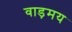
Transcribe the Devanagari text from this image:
वाड़मय